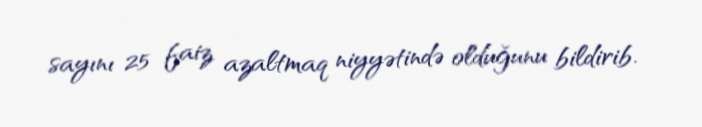
sayını 25 faiz azaltmaq niyyətində olduğunu bildirib.